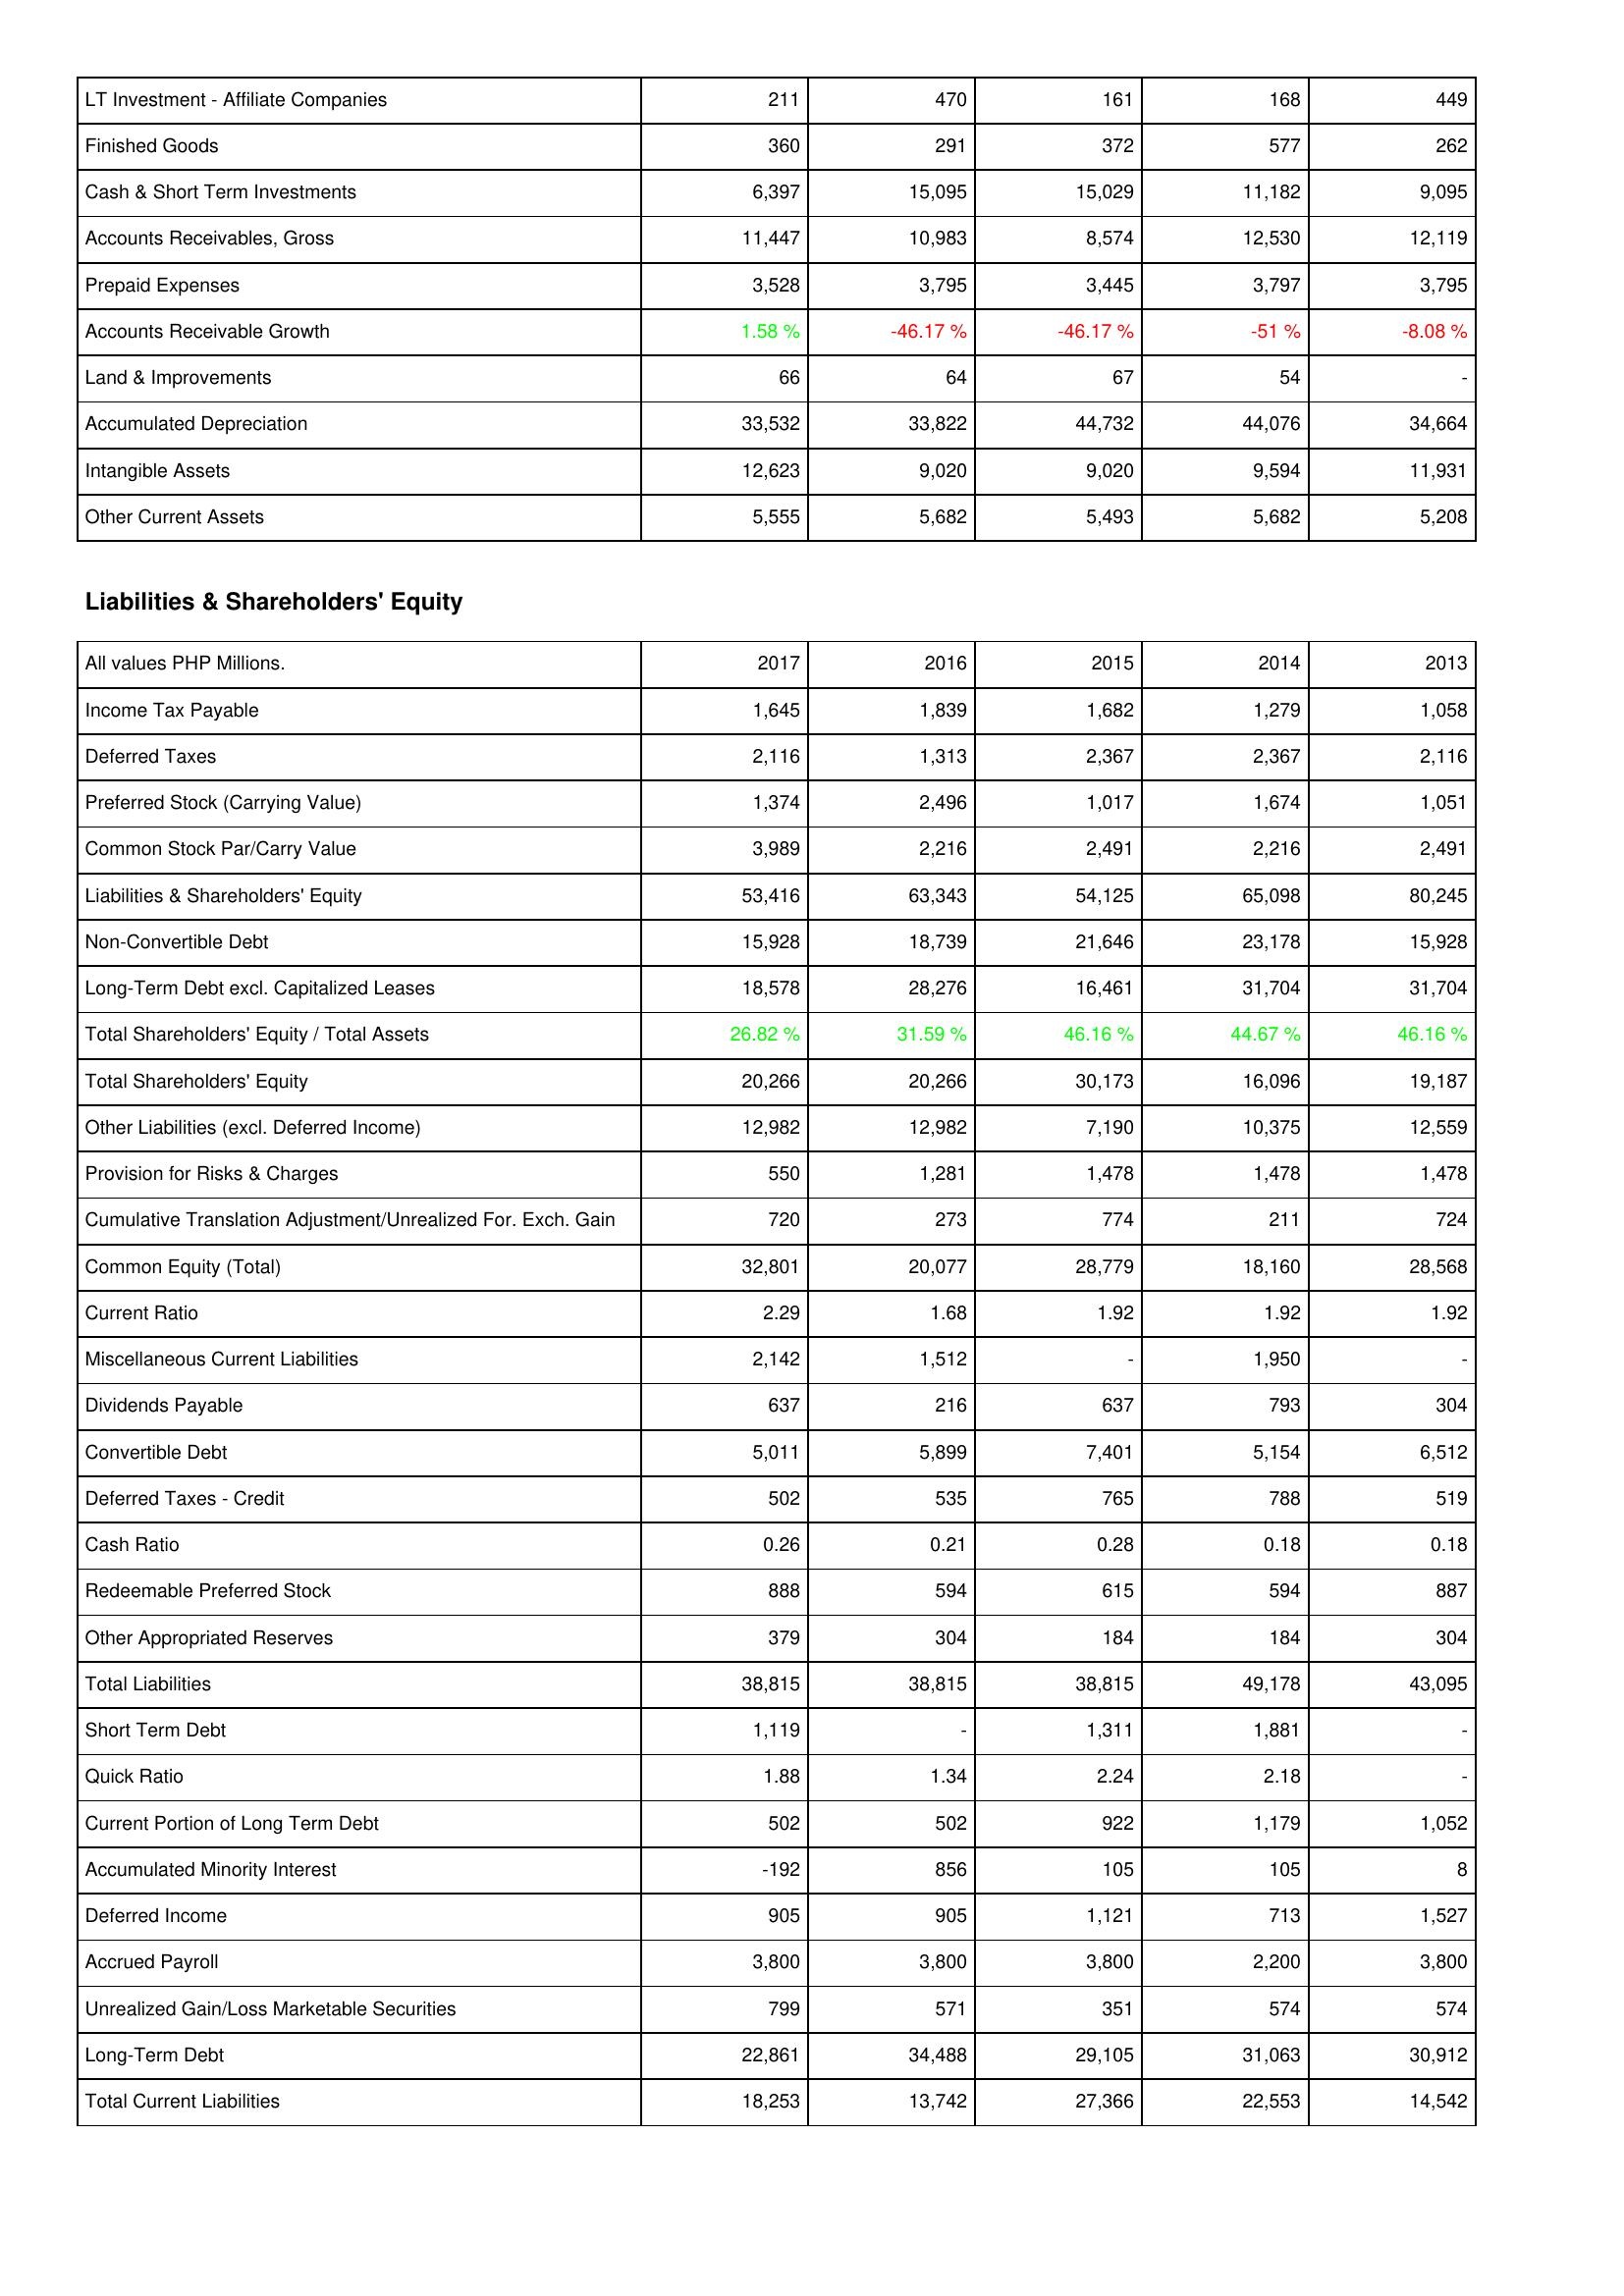
2017: Assets: LT Investment - Affiliate Companies: 211
Finished Goods: 360
Cash & Short Term Investments: 6,397
Accounts Receivables, Gross: 11,447
Prepaid Expenses: 3,528
Accounts Receivable Growth: 1.58 %
Land & Improvements: 66
Accumulated Depreciation: 33,532
Intangible Assets: 12,623
Other Current Assets: 5,555
Liabilities & Shareholders' Equity: Income Tax Payable: 1,645
Deferred Taxes: 2,116
Preferred Stock (Carrying Value): 1,374
Common Stock Par/Carry Value: 3,989
Liabilities & Shareholders' Equity: 53,416
Non-Convertible Debt: 15,928
Long-Term Debt excl. Capitalized Leases: 18,578
Total Shareholders' Equity / Total Assets: 26.82 %
Total Shareholders' Equity: 20,266
Other Liabilities (excl. Deferred Income): 12,982
Provision for Risks & Charges: 550
Cumulative Translation Adjustment/Unrealized For. Exch. Gain: 720
Common Equity (Total): 32,801
Current Ratio: 2.29
Miscellaneous Current Liabilities: 2,142
Dividends Payable: 637
Convertible Debt: 5,011
Deferred Taxes - Credit: 502
Cash Ratio: 0.26
Redeemable Preferred Stock: 888
Other Appropriated Reserves: 379
Total Liabilities: 38,815
Short Term Debt: 1,119
Quick Ratio: 1.88
Current Portion of Long Term Debt: 502
Accumulated Minority Interest: -192
Deferred Income: 905
Accrued Payroll: 3,800
Unrealized Gain/Loss Marketable Securities: 799
Long-Term Debt: 22,861
Total Current Liabilities: 18,253
2016: Assets: LT Investment - Affiliate Companies: 470
Finished Goods: 291
Cash & Short Term Investments: 15,095
Accounts Receivables, Gross: 10,983
Prepaid Expenses: 3,795
Accounts Receivable Growth: -46.17 %
Land & Improvements: 64
Accumulated Depreciation: 33,822
Intangible Assets: 9,020
Other Current Assets: 5,682
Liabilities & Shareholders' Equity: Income Tax Payable: 1,839
Deferred Taxes: 1,313
Preferred Stock (Carrying Value): 2,496
Common Stock Par/Carry Value: 2,216
Liabilities & Shareholders' Equity: 63,343
Non-Convertible Debt: 18,739
Long-Term Debt excl. Capitalized Leases: 28,276
Total Shareholders' Equity / Total Assets: 31.59 %
Total Shareholders' Equity: 20,266
Other Liabilities (excl. Deferred Income): 12,982
Provision for Risks & Charges: 1,281
Cumulative Translation Adjustment/Unrealized For. Exch. Gain: 273
Common Equity (Total): 20,077
Current Ratio: 1.68
Miscellaneous Current Liabilities: 1,512
Dividends Payable: 216
Convertible Debt: 5,899
Deferred Taxes - Credit: 535
Cash Ratio: 0.21
Redeemable Preferred Stock: 594
Other Appropriated Reserves: 304
Total Liabilities: 38,815
Short Term Debt: -
Quick Ratio: 1.34
Current Portion of Long Term Debt: 502
Accumulated Minority Interest: 856
Deferred Income: 905
Accrued Payroll: 3,800
Unrealized Gain/Loss Marketable Securities: 571
Long-Term Debt: 34,488
Total Current Liabilities: 13,742
2015: Assets: LT Investment - Affiliate Companies: 161
Finished Goods: 372
Cash & Short Term Investments: 15,029
Accounts Receivables, Gross: 8,574
Prepaid Expenses: 3,445
Accounts Receivable Growth: -46.17 %
Land & Improvements: 67
Accumulated Depreciation: 44,732
Intangible Assets: 9,020
Other Current Assets: 5,493
Liabilities & Shareholders' Equity: Income Tax Payable: 1,682
Deferred Taxes: 2,367
Preferred Stock (Carrying Value): 1,017
Common Stock Par/Carry Value: 2,491
Liabilities & Shareholders' Equity: 54,125
Non-Convertible Debt: 21,646
Long-Term Debt excl. Capitalized Leases: 16,461
Total Shareholders' Equity / Total Assets: 46.16 %
Total Shareholders' Equity: 30,173
Other Liabilities (excl. Deferred Income): 7,190
Provision for Risks & Charges: 1,478
Cumulative Translation Adjustment/Unrealized For. Exch. Gain: 774
Common Equity (Total): 28,779
Current Ratio: 1.92
Miscellaneous Current Liabilities: -
Dividends Payable: 637
Convertible Debt: 7,401
Deferred Taxes - Credit: 765
Cash Ratio: 0.28
Redeemable Preferred Stock: 615
Other Appropriated Reserves: 184
Total Liabilities: 38,815
Short Term Debt: 1,311
Quick Ratio: 2.24
Current Portion of Long Term Debt: 922
Accumulated Minority Interest: 105
Deferred Income: 1,121
Accrued Payroll: 3,800
Unrealized Gain/Loss Marketable Securities: 351
Long-Term Debt: 29,105
Total Current Liabilities: 27,366
2014: Assets: LT Investment - Affiliate Companies: 168
Finished Goods: 577
Cash & Short Term Investments: 11,182
Accounts Receivables, Gross: 12,530
Prepaid Expenses: 3,797
Accounts Receivable Growth: -51 %
Land & Improvements: 54
Accumulated Depreciation: 44,076
Intangible Assets: 9,594
Other Current Assets: 5,682
Liabilities & Shareholders' Equity: Income Tax Payable: 1,279
Deferred Taxes: 2,367
Preferred Stock (Carrying Value): 1,674
Common Stock Par/Carry Value: 2,216
Liabilities & Shareholders' Equity: 65,098
Non-Convertible Debt: 23,178
Long-Term Debt excl. Capitalized Leases: 31,704
Total Shareholders' Equity / Total Assets: 44.67 %
Total Shareholders' Equity: 16,096
Other Liabilities (excl. Deferred Income): 10,375
Provision for Risks & Charges: 1,478
Cumulative Translation Adjustment/Unrealized For. Exch. Gain: 211
Common Equity (Total): 18,160
Current Ratio: 1.92
Miscellaneous Current Liabilities: 1,950
Dividends Payable: 793
Convertible Debt: 5,154
Deferred Taxes - Credit: 788
Cash Ratio: 0.18
Redeemable Preferred Stock: 594
Other Appropriated Reserves: 184
Total Liabilities: 49,178
Short Term Debt: 1,881
Quick Ratio: 2.18
Current Portion of Long Term Debt: 1,179
Accumulated Minority Interest: 105
Deferred Income: 713
Accrued Payroll: 2,200
Unrealized Gain/Loss Marketable Securities: 574
Long-Term Debt: 31,063
Total Current Liabilities: 22,553
2013: Assets: LT Investment - Affiliate Companies: 449
Finished Goods: 262
Cash & Short Term Investments: 9,095
Accounts Receivables, Gross: 12,119
Prepaid Expenses: 3,795
Accounts Receivable Growth: -8.08 %
Land & Improvements: -
Accumulated Depreciation: 34,664
Intangible Assets: 11,931
Other Current Assets: 5,208
Liabilities & Shareholders' Equity: Income Tax Payable: 1,058
Deferred Taxes: 2,116
Preferred Stock (Carrying Value): 1,051
Common Stock Par/Carry Value: 2,491
Liabilities & Shareholders' Equity: 80,245
Non-Convertible Debt: 15,928
Long-Term Debt excl. Capitalized Leases: 31,704
Total Shareholders' Equity / Total Assets: 46.16 %
Total Shareholders' Equity: 19,187
Other Liabilities (excl. Deferred Income): 12,559
Provision for Risks & Charges: 1,478
Cumulative Translation Adjustment/Unrealized For. Exch. Gain: 724
Common Equity (Total): 28,568
Current Ratio: 1.92
Miscellaneous Current Liabilities: -
Dividends Payable: 304
Convertible Debt: 6,512
Deferred Taxes - Credit: 519
Cash Ratio: 0.18
Redeemable Preferred Stock: 887
Other Appropriated Reserves: 304
Total Liabilities: 43,095
Short Term Debt: -
Quick Ratio: -
Current Portion of Long Term Debt: 1,052
Accumulated Minority Interest: 8
Deferred Income: 1,527
Accrued Payroll: 3,800
Unrealized Gain/Loss Marketable Securities: 574
Long-Term Debt: 30,912
Total Current Liabilities: 14,542